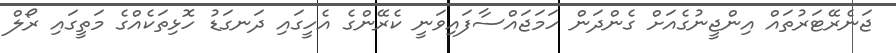
ޖަނެރޭޓަރުތައް އިންޖީނުގެއަށް ގެންދަން ހަމަޖައްސާފައިވަނީ ކެރޭންގެ އެހީގައި ދަނގަޑު ހޮޅިތަކެއްގެ މަތީގައި ރޯލް